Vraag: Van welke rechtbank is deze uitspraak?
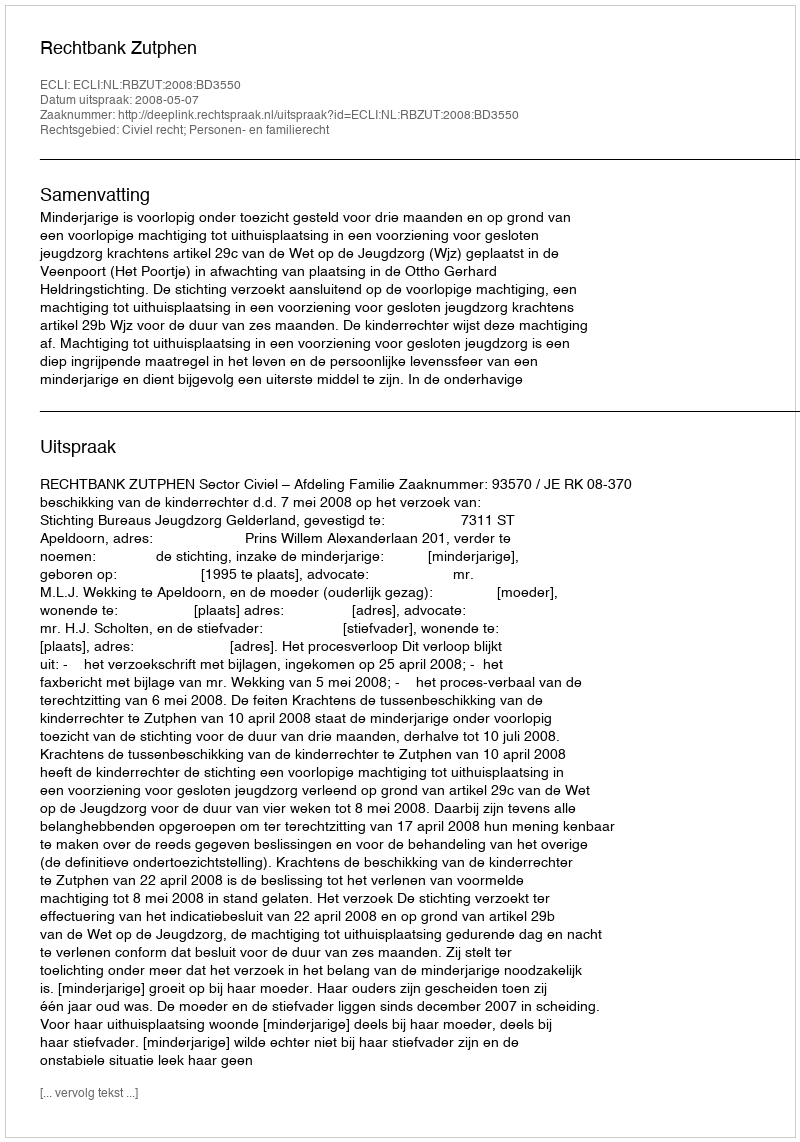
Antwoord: Rechtbank Zutphen